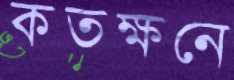
কতক্ষনে